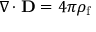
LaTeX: \nabla \cdot \mathbf { D } = 4 \pi \rho _ { \mathrm { f } }